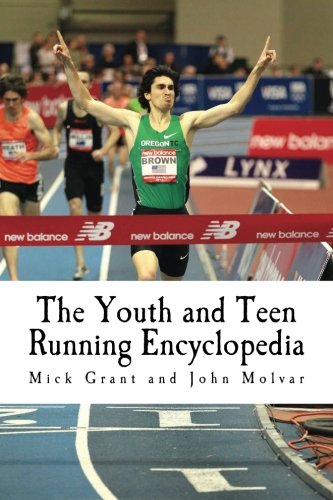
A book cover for The Youth and Teen Running Encyclopedia: A Complete Guide for Middle and Long Distance Runners Ages 6 to 18; Mick Grant; Health, Fitness & Dieting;